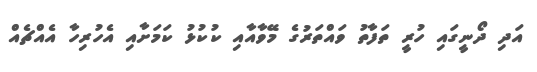
އަދި ދޯނީގައި ހުރީ ތަފާތު ވައްތަރުގެ މޭވާއާއި ކުކުޅު ކަމަށާއި އެހުރިހާ އެއްޗެއް